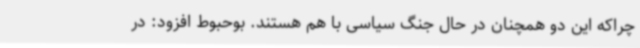
چراکه این دو همچنان در حال جنگ سیاسی با هم هستند. بوحبوط افزود: در